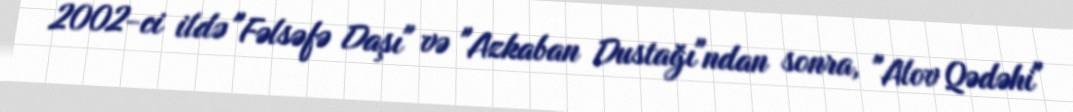
2002-ci ildə "Fəlsəfə Daşı" və "Azkaban Dustağı"ndan sonra, "Alov Qədəhi"